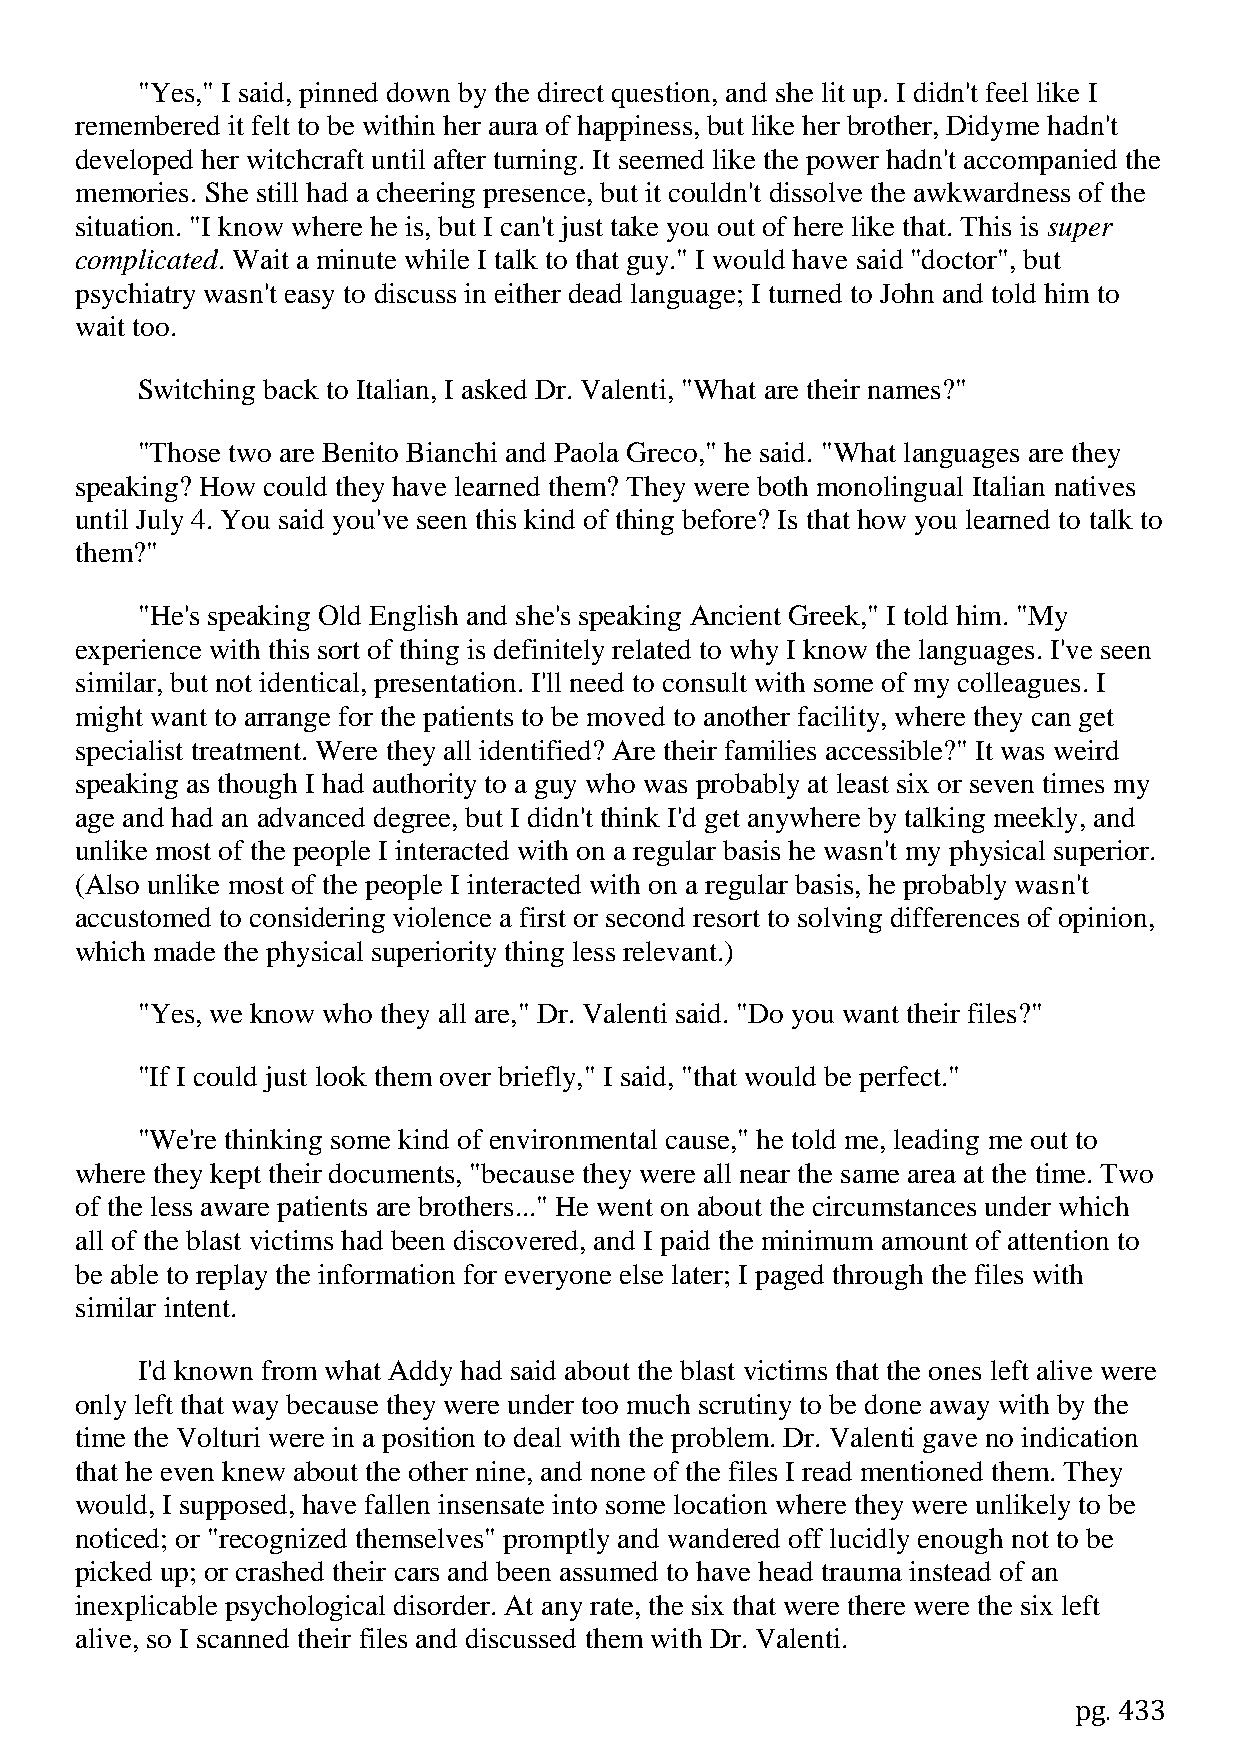
"Yes," I said, pinned down by the direct question, and she lit up. I didn't feel like I
 remembered it felt to be within her aura of happiness, but like her brother, Didyme hadn't
 developed her witchcraft until after turning. It seemed like the power hadn't accompanied the
 memories. She still had a cheering presence, but it couldn't dissolve the awkwardness of the
 situation. "I know where he is, but I can't just take you out of here like that. This is super
 complicated. Wait a minute while I talk to that guy." I would have said "doctor", but
 psychiatry wasn't easy to discuss in either dead language; I turned to John and told him to
 wait too.
 Switching back to Italian, I asked Dr. Valenti, "What are their names?"
 "Those two are Benito Bianchi and Paola Greco," he said. "What languages are they
 speaking? How could they have learned them? They were both monolingual Italian natives
 until July 4. You said you've seen this kind of thing before? Is that how you learned to talk to
 them?"
 "He's speaking Old English and she's speaking Ancient Greek," I told him. "My
 experience with this sort of thing is definitely related to why I know the languages. I've seen
 similar, but not identical, presentation. I'll need to consult with some of my colleagues. I
 might want to arrange for the patients to be moved to another facility, where they can get
 specialist treatment. Were they all identified? Are their families accessible?" It was weird
 speaking as though I had authority to a guy who was probably at least six or seven times my
 age and had an advanced degree, but I didn't think I'd get anywhere by talking meekly, and
 unlike most of the people I interacted with on a regular basis he wasn't my physical superior.
 (Also unlike most of the people I interacted with on a regular basis, he probably wasn't
 accustomed to considering violence a first or second resort to solving differences of opinion,
 which made the physical superiority thing less relevant.)
 "Yes, we know who they all are," Dr. Valenti said. "Do you want their files?"
 "If I could just look them over briefly," I said, "that would be perfect."
 "We're thinking some kind of environmental cause," he told me, leading me out to
 where they kept their documents, "because they were all near the same area at the time. Two
 of the less aware patients are brothers..." He went on about the circumstances under which
 all of the blast victims had been discovered, and I paid the minimum amount of attention to
 be able to replay the information for everyone else later; I paged through the files with
 similar intent.
 I'd known from what Addy had said about the blast victims that the ones left alive were
 only left that way because they were under too much scrutiny to be done away with by the
 time the Volturi were in a position to deal with the problem. Dr. Valenti gave no indication
 that he even knew about the other nine, and none of the files I read mentioned them. They
 would, I supposed, have fallen insensate into some location where they were unlikely to be
 noticed; or "recognized themselves" promptly and wandered off lucidly enough not to be
 picked up; or crashed their cars and been assumed to have head trauma instead of an
 inexplicable psychological disorder. At any rate, the six that were there were the six left
 alive, so I scanned their files and discussed them with Dr. Valenti.
 pg. 433